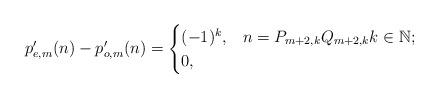
LaTeX: \begin{align*} p'_{e,m}(n) -p'_{o,m}(n) &= \begin{cases} (-1)^k, &n=P_{m+2,k}Q_{m+2,k}k\in\mathbb{N}; \\ 0, & \end{cases}\end{align*}